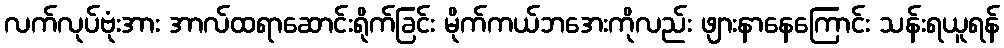
လက်လုပ်ဗုံးအား အာလ်ထရာဆောင်းရိုက်ခြင်း မိုက်ကယ်ဘအေးကိုလည်း ဖျားနာနေကြောင်း သန်းရယူရန်